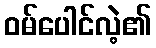
ဝမ်ပေါင်လဲ့၏